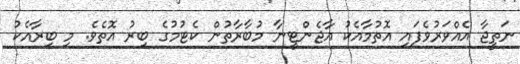
ނަތީޖާ އެއްވަރުވެފައި އޮތުމާއެކު އާޖެންޓީނާ މުބާރާތުން ކެޓުމުގެ ބިރު އޮތެވެ. މި ބިރާއެކު